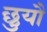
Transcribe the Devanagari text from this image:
छुयौ